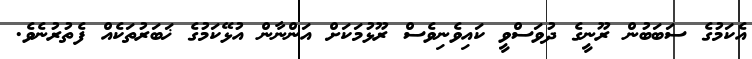
އެކަމުގެ ސަބަބުން ރޫނީގެ ދުވަސްވީ ކައިވެނިވެސް ރޫޅުމަކަށް އަންނާން އުޅޭކަމުގެ ޚަބަރުތަކެއް ފެތުރުނެވެ.